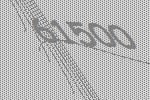
61500